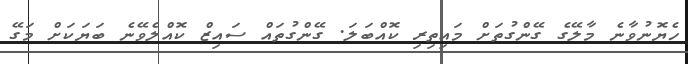
ހެޔޮނުވާނެ މާލޭގެ ގޭންގުތަށް މައިތިރި ކޮއްބަލަ. ގޭންގުތައް ސައިޒް ކޮއްލެވޭނެ ބަަޔަކަށް މަގޭ